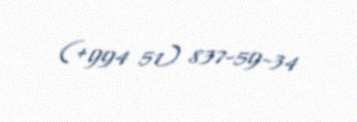
(+994 51) 837-59-34